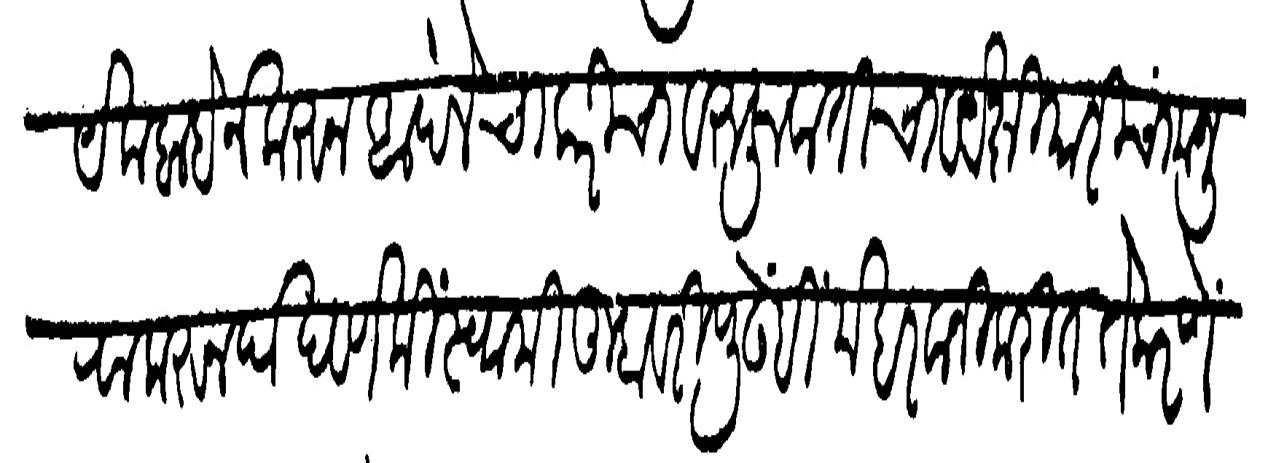
Transliteration (Devanagari): हरयेक बाबेने करून आपले चाकरीचा व रुजूवातीचा व येक्षियारीचा मजुरा करून दाखवणे की स्वामी तुम्हावरी पुढेही मेहरवानी करीत ते करणे